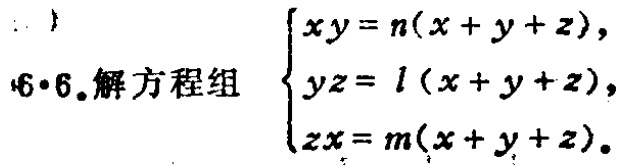
6·6.解方程组 $\begin{cases}xy = n(x + y + z),\\yz = l(x + y + z),\\zx = m(x + y + z).\end{cases}$